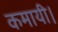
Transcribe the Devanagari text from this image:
कमायी।